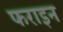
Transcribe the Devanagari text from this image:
फराइन